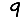
Digit: 9